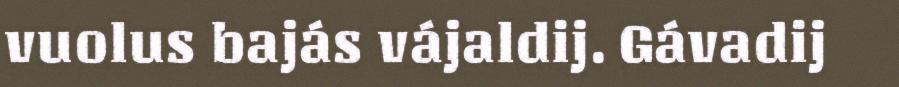
vuolus bajás vájaldij. Gávadij